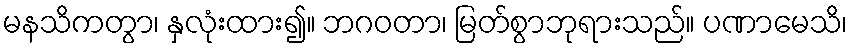
မနသိကတွာ၊ နှလုံးထား၍။ ဘဂဝတာ၊ မြတ်စွာဘုရားသည်။ ပဏာမေသိ၊